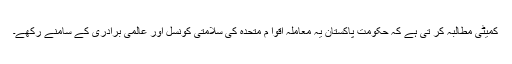
کمیٹی مطالبہ کر تی ہے کہ حکومت پاکستان یہ معاملہ اقوا م متحدہ کی سلامتی کونسل اور عالمی برادری کے سامنے رکھے۔